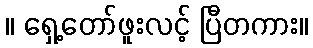
။ ရှေ့တော်ဖူးလင့် ပြီတကား။